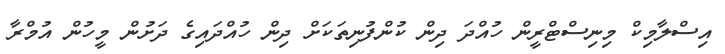
އިސްލާމިކް މިނިސްޓްރީން ހުއްދަ ދިން ކުންފުނިތަކަށް ދިން ހުއްދައިގެ ދަށުން މީހުން އުމްރާ